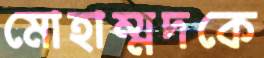
মোহাম্মদকে